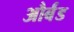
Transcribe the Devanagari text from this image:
और्बंड